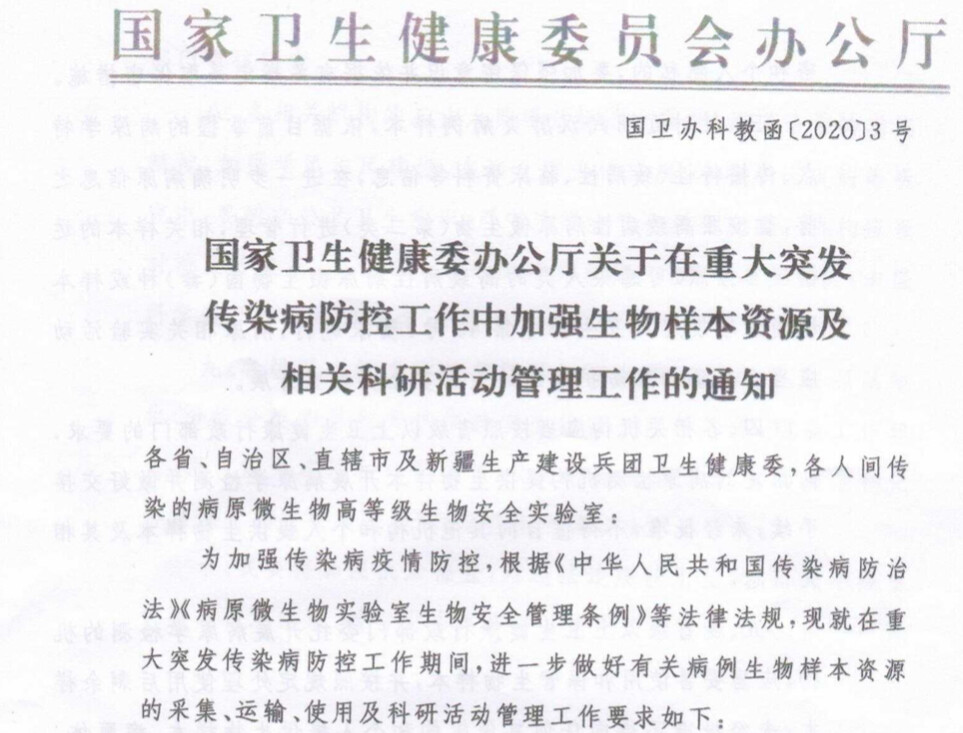
Language: zh